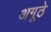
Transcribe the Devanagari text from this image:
अगूठे